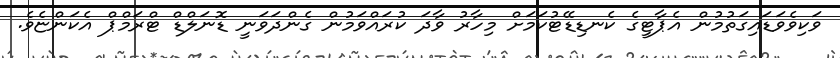
ވަކިވެވަޑައިގަތުމުން އެޕާޓީގެ ކެނޑިޑޭޓުކަމަށް މިހާރު ވާދަ ކުރައްވަމުން ގެންދަވަނީ ޑޮނަލްޑް ޓްރަމްޕް އެކަންޏެވެ.